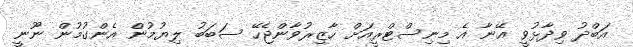
އަބްދު ވިދާޅުވީ އޭނާ އެ މިނިސްޓްރީއަށް ހާޒިރުވާންޖެހޭ ސަބަބު ލިޔުމުން އެންގުމުން ނޫނީ